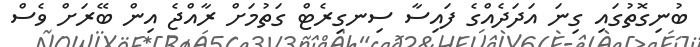
ބުނިގޮތުގައި ގިނަ އަދަދެއްގެ ފައިސާ ސިނގިރެޓް ގަތުމަށް ރާއްޖެ އިން ބޭރަށް ވެސް